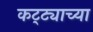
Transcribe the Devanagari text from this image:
कट्ट्याच्या